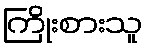
ကြိုးစားသူ